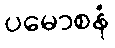
ပမောစနံ